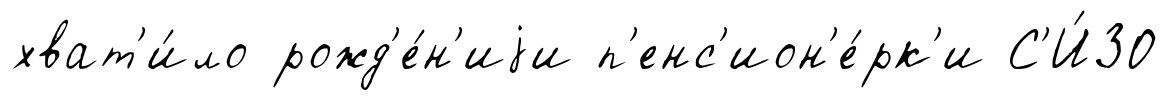
хват'и́ло рожд'е́н'иjи п'енс'ион'е́рк'и С'И́ЗО